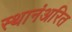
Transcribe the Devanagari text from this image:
स्थानंअरित